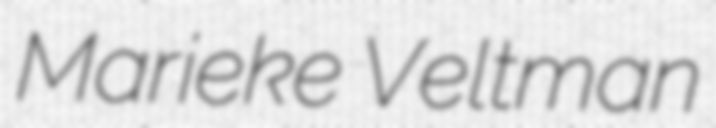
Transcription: Marieke Veltman